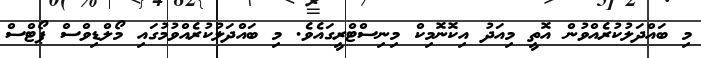
މި ބައްދަލުކުރެއްްވުން އޮތީ މިއަދު އިކޮނޮމިކް މިނިސްޓްރީގައެވެ. މި ބައްދަލުކުރެއްވުމުގައި މޯލްޑިވްސް ޕޯޓްސް